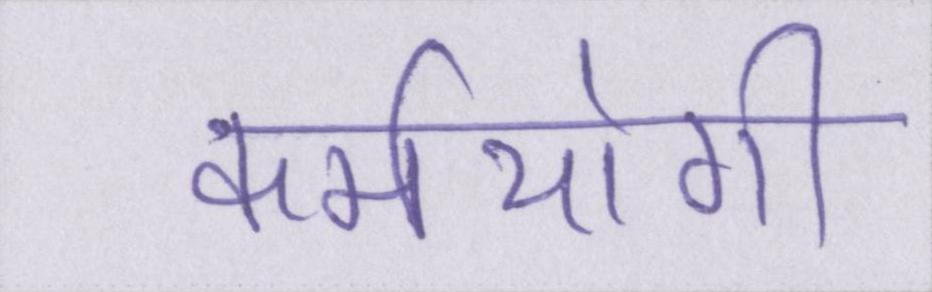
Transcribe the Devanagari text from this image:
कर्मयोगी